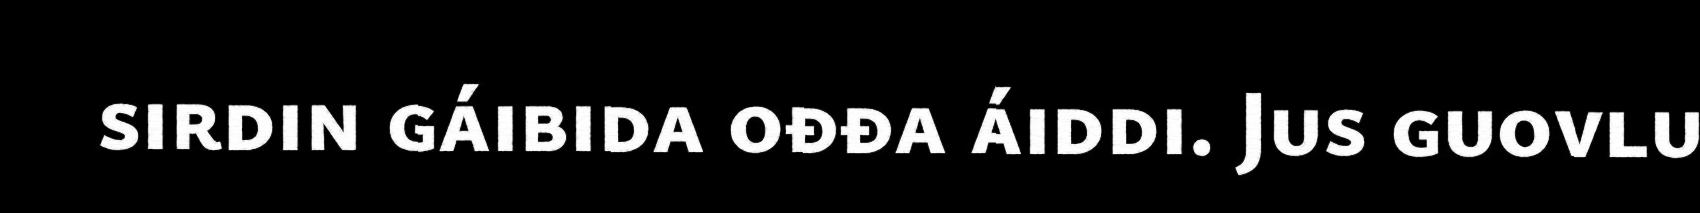
sirdin gáibida ođđa áiddi. Jus guovlu